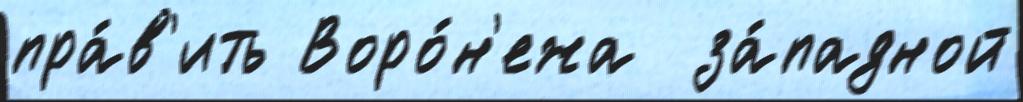
пра́в'ить Воро́н'ежа  за́падной